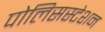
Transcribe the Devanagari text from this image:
पोलिसस्टेशन